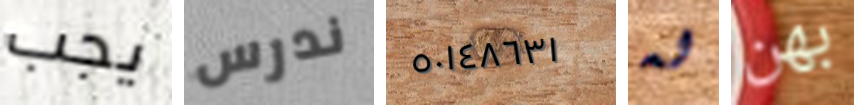
يجب ندرس ٥٠١٤٨٦٣١ له بهن